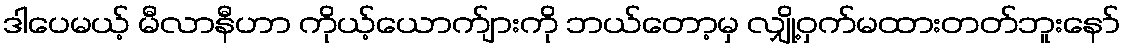
ဒါပေမယ့် မီလာနီဟာ ကိုယ့်ယောက်ျားကို ဘယ်တော့မှ လျှို့ဝှက်မထားတတ်ဘူးနော်